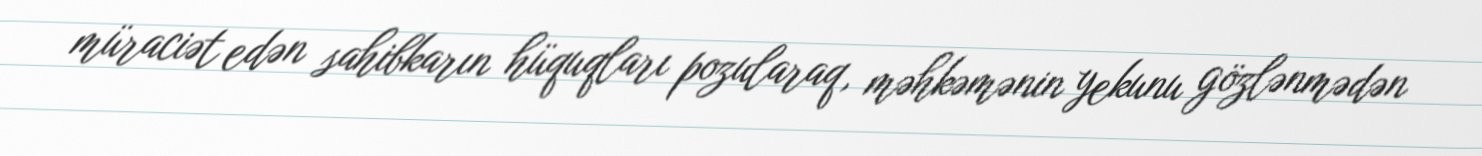
müraciət edən sahibkarın hüquqları pozularaq, məhkəmənin yekunu gözlənmədən